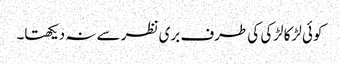
کوئی لڑکا لڑکی کی طرف بری نظر سے نہ دیکھتا۔